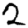
Digit: 2